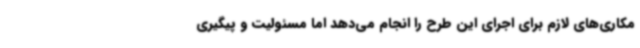
مکاری‌های لازم برای اجرای این طرح را انجام می‌دهد اما مسئولیت و پیگیری